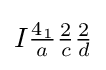
I{\tfrac {4_{1}}{a}}{\tfrac {2}{c}}{\tfrac {2}{d}}